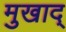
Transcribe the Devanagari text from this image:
मुखाद्